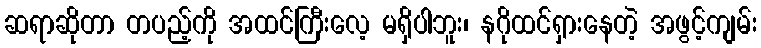
ဆရာဆိုတာ တပည့်ကို အထင်ကြီးလေ့ မရှိပါဘူး၊ နဂိုထင်ရှားနေတဲ့ အဖွင့်ကျမ်း